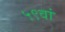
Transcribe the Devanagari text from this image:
५९वां